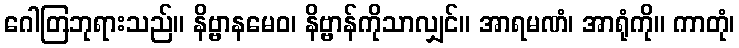
ဂေါတြဘုရားသည်။ နိဗ္ဗာနမေဝ၊ နိဗ္ဗာန်ကိုသာလျှင်။ အာရမဏံ၊ အာရုံကို။ ကာတုံ၊